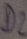
Text: D2